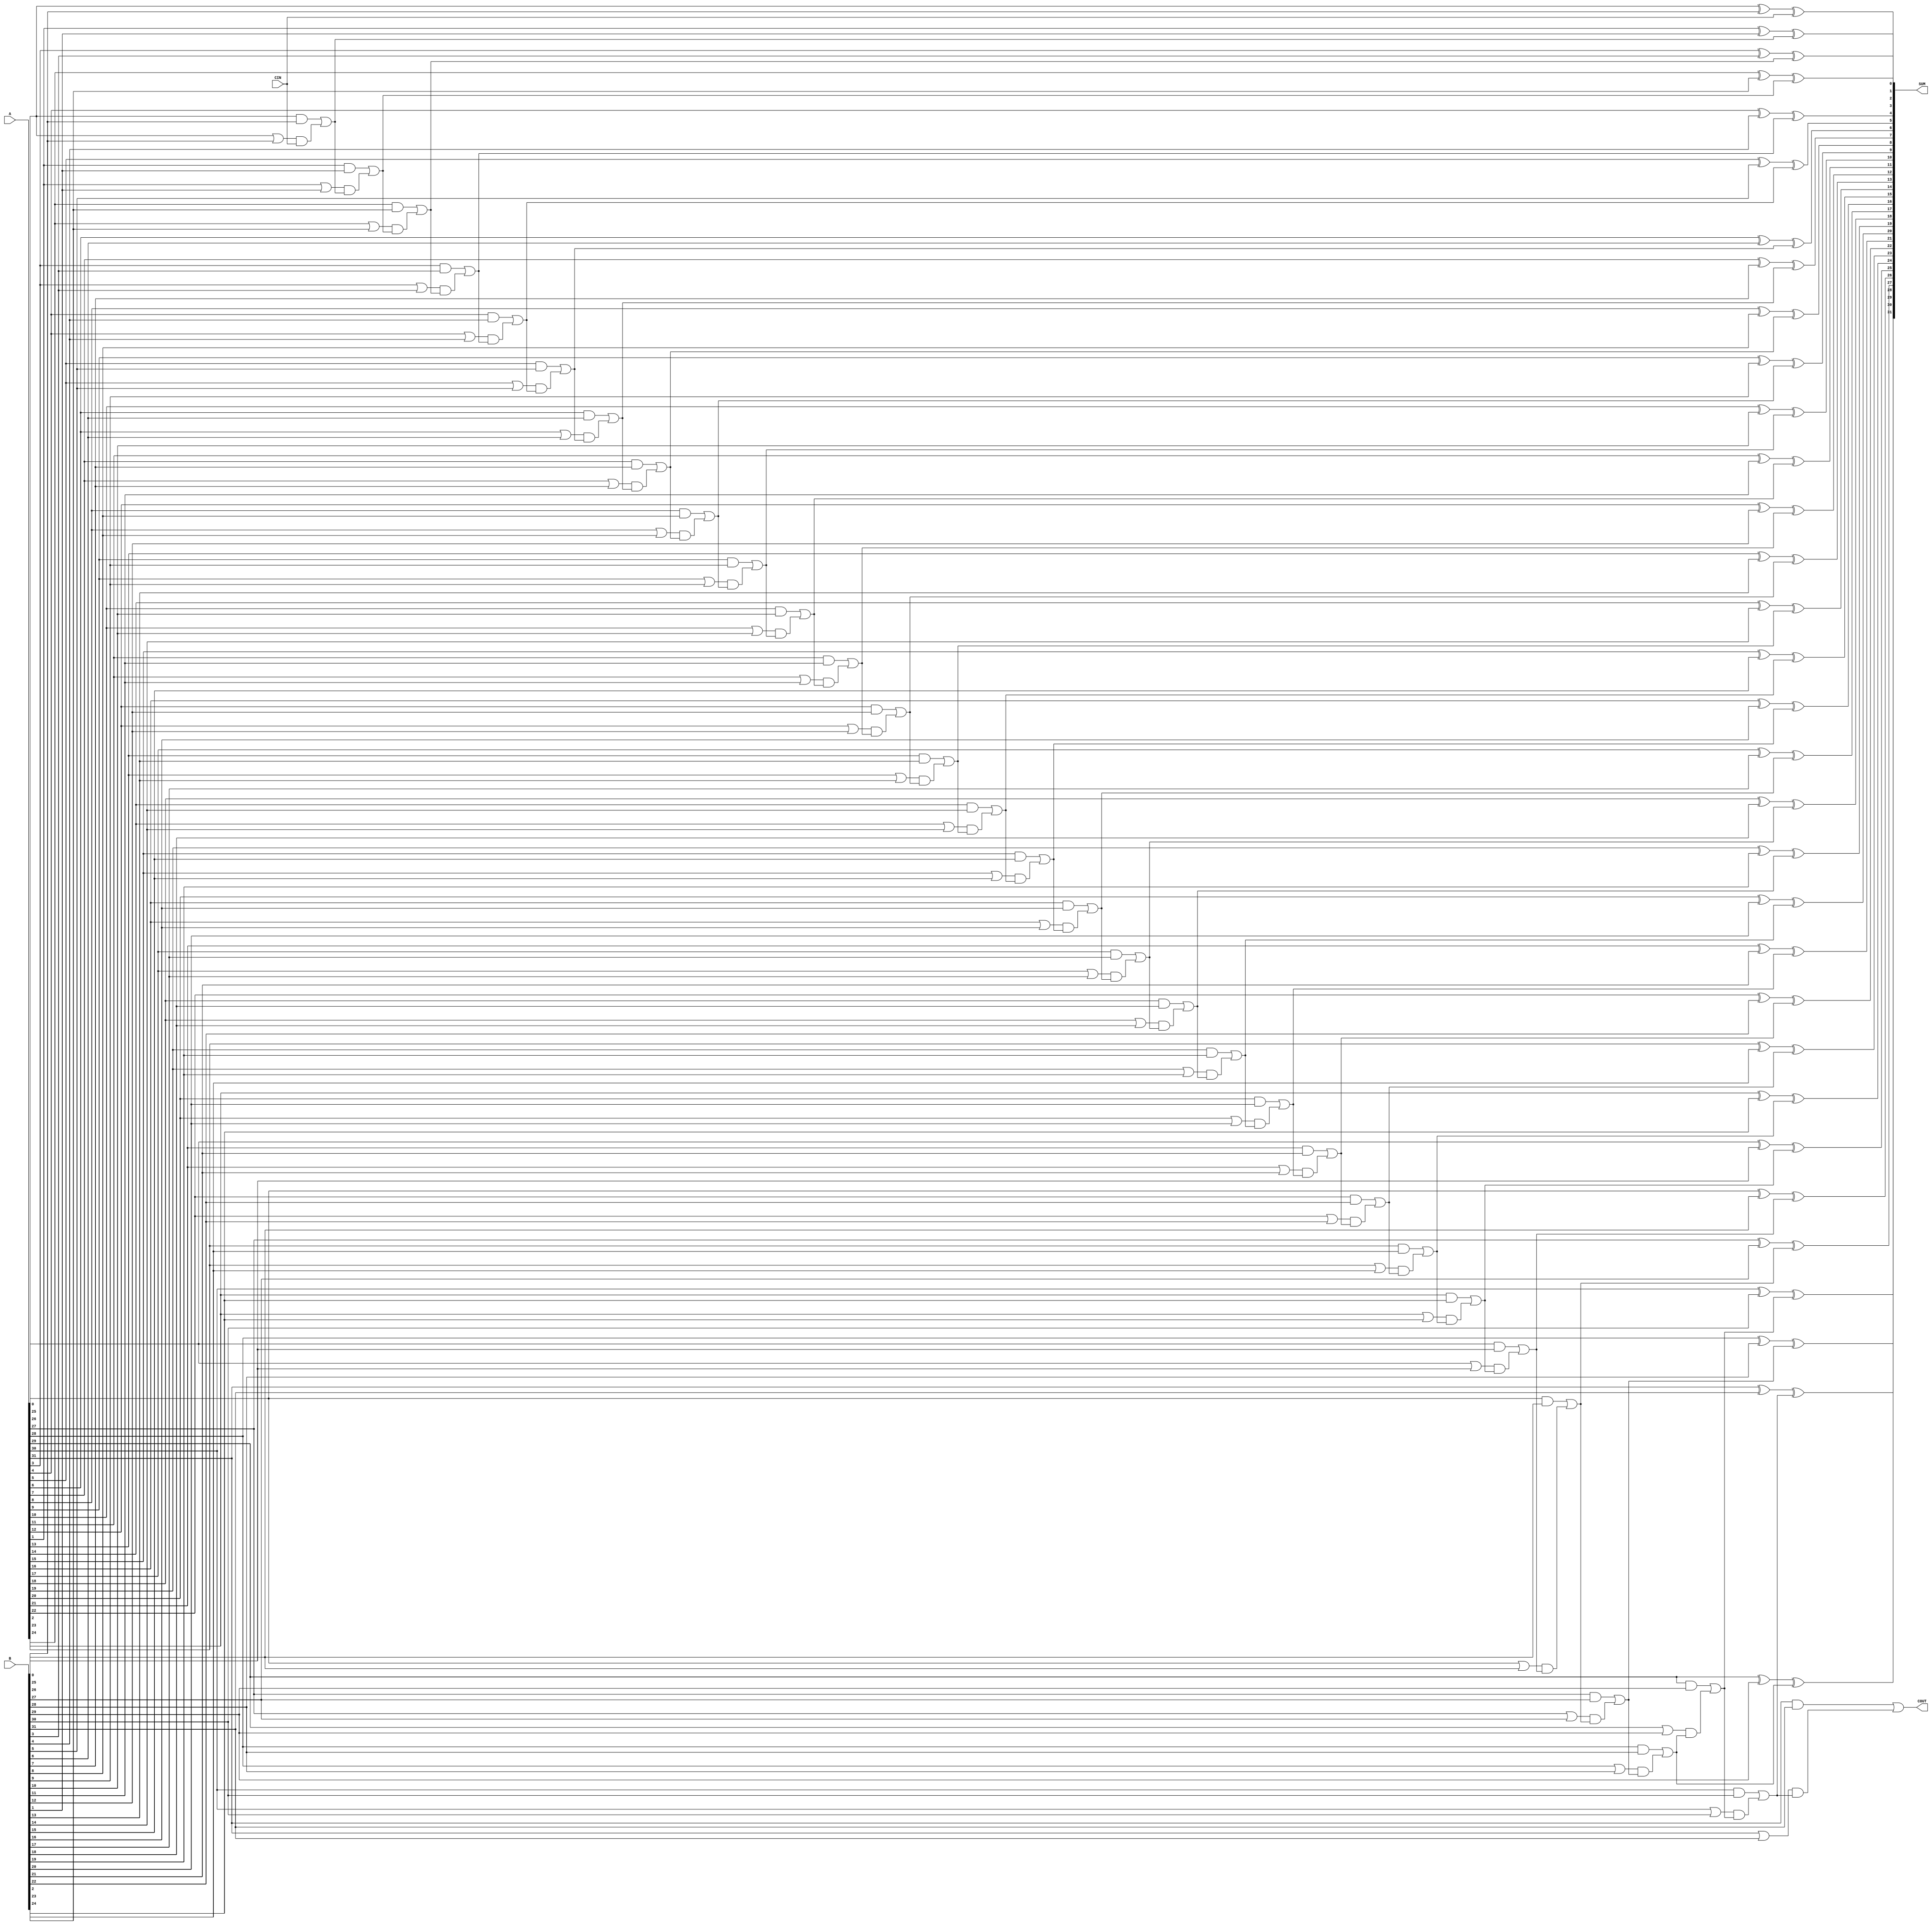
`timescale 1ns/1ps

    module CLA (
                A, 
                B, 
                CIN, 
                SUM, 
                COUT);
    parameter SIZE = 32;

    input [SIZE - 1:0] A;
    input [SIZE - 1:0] B;
    input CIN;
    output [SIZE - 1:0] SUM;
    output COUT;

//assign {carry_out, sum} = A + B + CIN;

        wire [SIZE - 1:0] G;
        wire [SIZE - 1:0] P;
        wire [SIZE:0] C;

        genvar j, i;
        generate
 //assume C in is zero
        assign C[0] = CIN;
 
 //carry generator
        for(j = 0; j < SIZE; j = j + 1) begin: carry_generator
            assign G[j] = A[j] & B[j];
            assign P[j] = A[j] | B[j];
            assign C[j+1] = G[j] | P[j] & C[j];
        end
 
 //carry out 
        assign COUT = C[SIZE];
 
 //calculate sum 
 //assign sum[0] = A[0] ^ B ^ CIN;
        for(i = 0; i < SIZE; i = i+1) begin: sum_without_carry
            assign SUM[i] = A[i] ^ B[i] ^ C[i];
        end 
    endgenerate 
endmodule